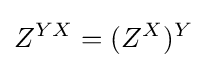
Z^{YX}=(Z^{X})^{Y}